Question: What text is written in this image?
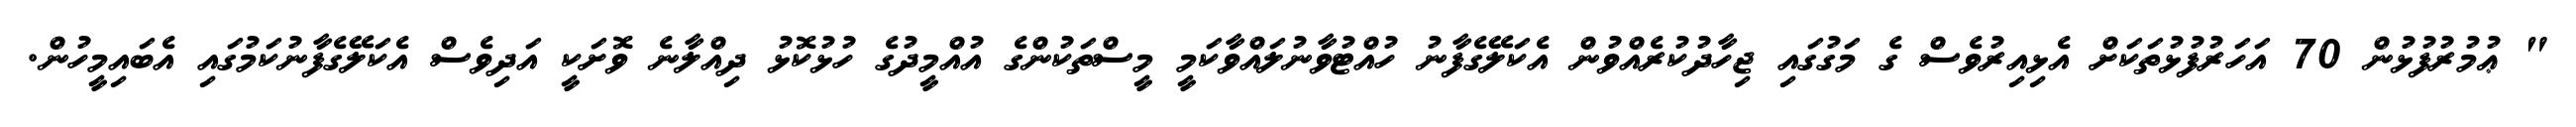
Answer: " ޢުމުރުފުޅުން 70 އަހަރުފުޅުތަކަށް އެޅިއިރުވެސް ގެ މަގުގައި ޖިހާދުކުރެއްވުން އެކަލޭގެފާނު ހުއްޓުވާނުލައްވާކަމީ މީސްތަކުންގެ އުއްމީދުގެ ހުޅުކޮޅު ދިއްލާނެ ވޮށަކީ އަދިވެސް އެކަލޭގެފާނުކަމުގައި އެބައިމީހުން.